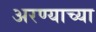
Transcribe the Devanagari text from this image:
अरण्याच्या